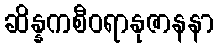
ဆိန္နကစီဝရာနုဇာနနာ